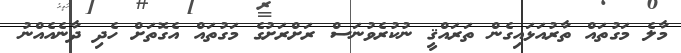
މާލެ މަގުތައް ތާރުއަޅައިގެން ތަރައްޤީ ނުކުރެވުނަސް ރަށްރަށުގެ މަގުތައް އެގޮތަށް ހެދި ދާނެއެއްނު